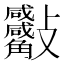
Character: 𧥙